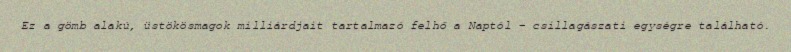
Ez a gömb alakú, üstökösmagok milliárdjait tartalmazó felhő a Naptól – csillagászati egységre található.